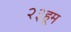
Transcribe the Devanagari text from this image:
२३हूम